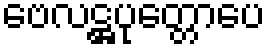
ဗေလဋ္ဌပုတ္တောပေ